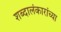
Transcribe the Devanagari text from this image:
शब्दालंकारांच्या